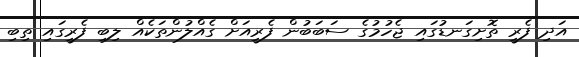
އަދި ފެރީ ތޮށިގަނޑުގައި ޖެހުމުގެ ސަބަބުން ފެރީއަށް ގެއްލުންތަކެއް ލިބި ފެރީގައި ތިބި